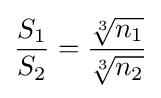
{\frac {S_{1}}{S_{2}}}={\frac {\sqrt[{3}]{n_{1}}}{\sqrt[{3}]{n_{2}}}}